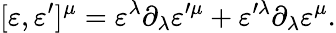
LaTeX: [\varepsilon,\varepsilon^{\prime}]^{\mu}=\varepsilon^{\lambda}\partial_{\lambda}\varepsilon^{\prime\mu}+\varepsilon^{\prime\lambda}\partial_{\lambda}\varepsilon^{\mu}.